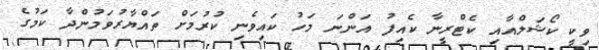
ވިކީ ކޯޝަލްއާއި ކެޓްރީނާ ކެއިފު އަންނަ މަހު ކައިވެނި ކުރުމަށް ތައްޔާރުވަމުންދާ ކަމުގެ